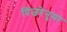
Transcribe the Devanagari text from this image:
पिंजरेनुमा